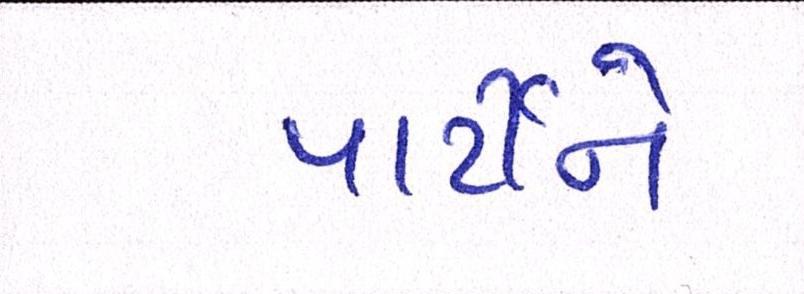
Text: પાર્ટીને